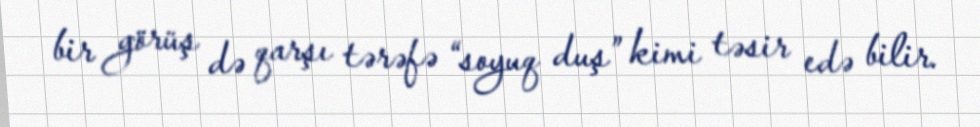
bir görüş də qarşı tərəfə “soyuq duş” kimi təsir edə bilir.